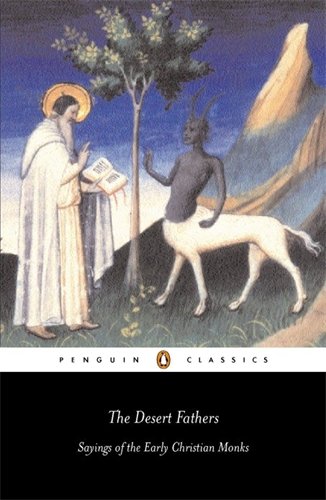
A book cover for The Desert Fathers: Sayings of the Early Christian Monks (Penguin Classics); Reference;